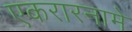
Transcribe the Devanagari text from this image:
एकरारनामे